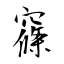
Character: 窱